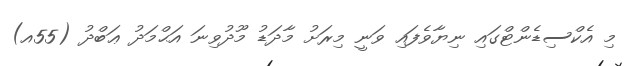
މި އެކްސިޑެންޓްގައި ނިޔާވެފައި ވަނީ މިރަށު މާދަޑު މޫދުވިނަ އަޙްމަދު ޢަބްދު (55އ)